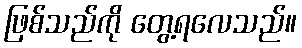
ဖြစ်သည်ကို တွေ့ရလေသည်။